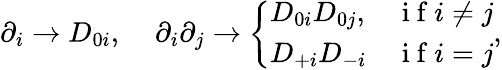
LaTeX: \begin{array}{r}{\partial_{i}\rightarrow D_{0i},\; \; \; \; \partial_{i}\partial_{j}\rightarrow\left\{ \begin{array}{ll}{D_{0i}D_{0j},}&{\mathrm{~i~f~}i\neq j}\\ {D_{+i}D_{-i}}&{\mathrm{~i~f~}i=j}\end{array}\right.,}\end{array}